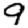
Digit: 9